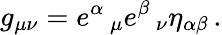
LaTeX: g_{\mu\nu}=e^{\alpha}\, _{\mu}e^{\beta}\, _{\nu}\eta_{\alpha\beta}\, .